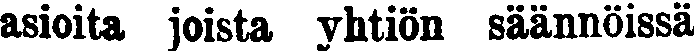
asioita joista yhtiön säännöissä